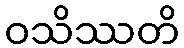
ဝသိဿတိ